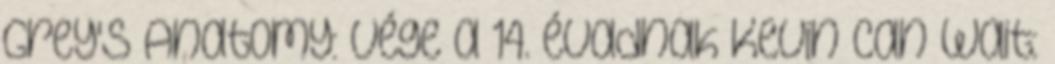
Grey's Anatomy: vége a 14. évadnak Kevin Can Wait: